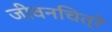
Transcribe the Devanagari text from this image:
जीवनचित्रे